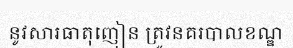
នូវសារធាតុញៀន ត្រូវនគរបាលខណ្ឌ